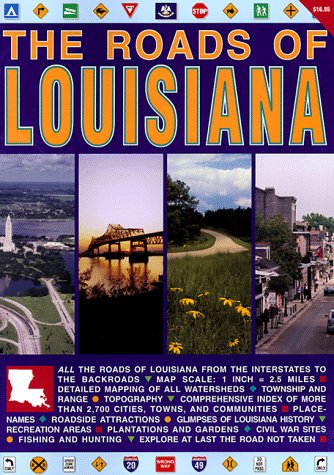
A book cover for The Roads of Louisiana; Shearer Publishing; Travel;